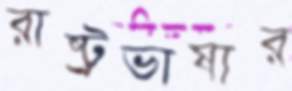
রাষ্ট্রভাষার